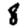
Digit: 8